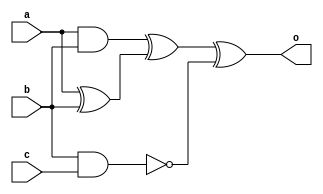
module top ( a , b , c , o);

input a , b , c;

output o;

wire d , e , f , g;

and  (d,a,b);

xor  (e,a,b);

xor  (f,d,e);

nand (g,b,c);

xor  (o,f,g);

endmodule